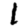
Digit: 1